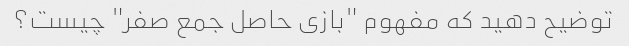
توضیح دهید که مفهوم "بازی حاصل جمع صفر" چیست؟